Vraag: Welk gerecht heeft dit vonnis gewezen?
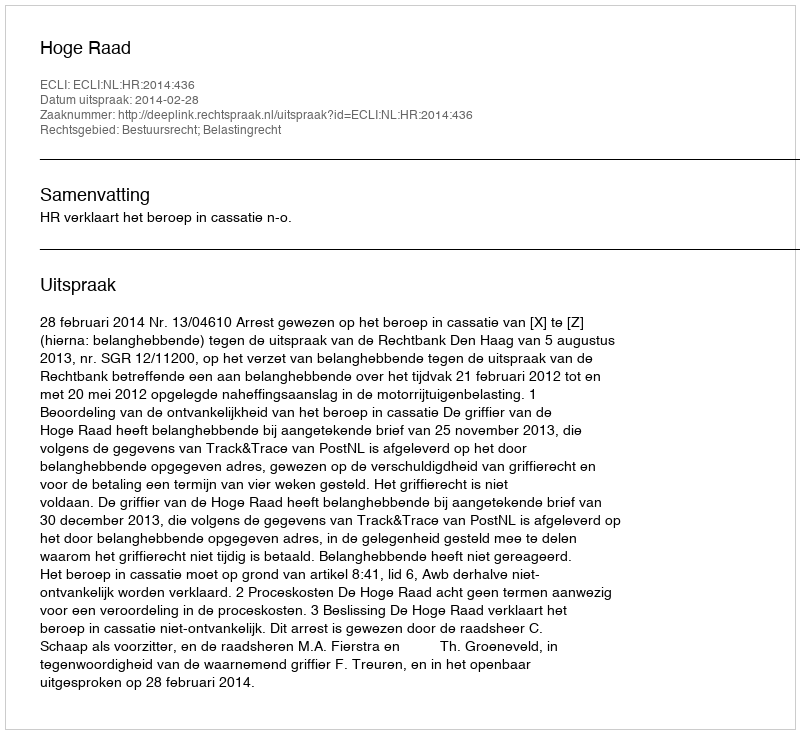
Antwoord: Hoge Raad